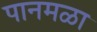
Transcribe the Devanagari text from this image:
पानमळा